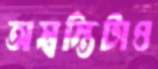
অস্বস্তিটাও